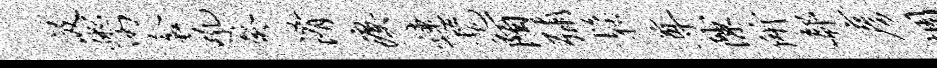
汲鬻衾吼癸淆瘼连髦陌弥松尊隙所欷彦惆